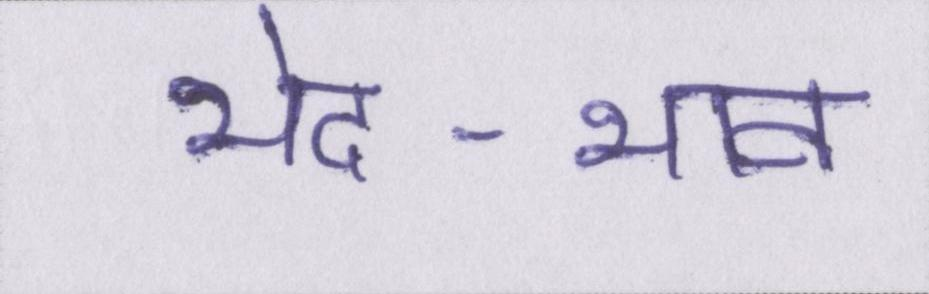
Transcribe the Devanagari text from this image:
भेद-भाव